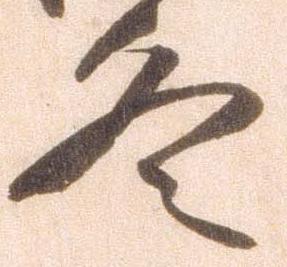
冬